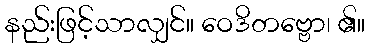
နည်းဖြင့်သာလျှင်။ ဝေဒိတဗ္ဗော၊ ၏။